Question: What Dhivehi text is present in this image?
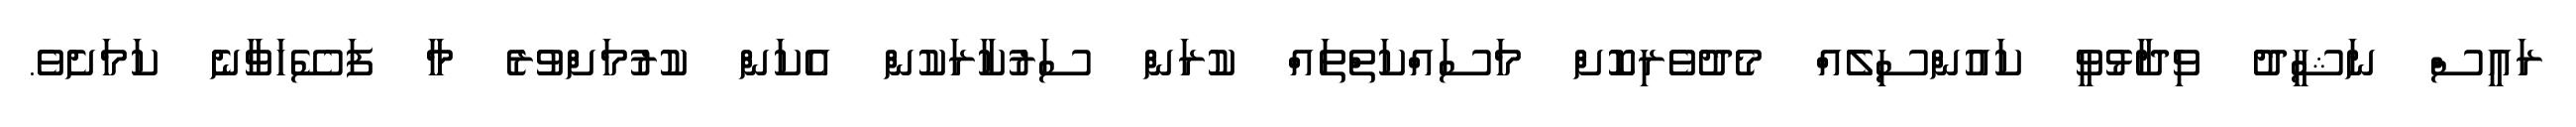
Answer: ރައީސް ނަޝީދު ވިދާޅުވީ ކައުންސިލެއް މެދުވެރިކޮށް މަސައްކަތްތައް ކުރަން ސަރުކާރަކުން އެކަން ކުރުމަށްވުރެ މާ ފަސޭހަވާނެ ކަމަށެވެ.